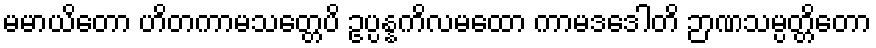
မမာယိတော ဟိတကာမသတ္တေပိ ဥပ္ပန္နကိလမထော ကာမဒဒေါတိ ဉာဏသမ္ပတ္တိတော